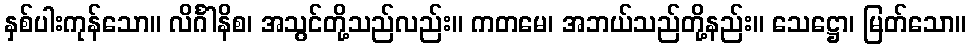
နှစ်ပါးကုန်သော။ လိင်္ဂါနိစ၊ အသွင်တို့သည်လည်း။ ကတမေ၊ အဘယ်သည်တို့နည်း။ သေဋ္ဌော၊ မြတ်သော။